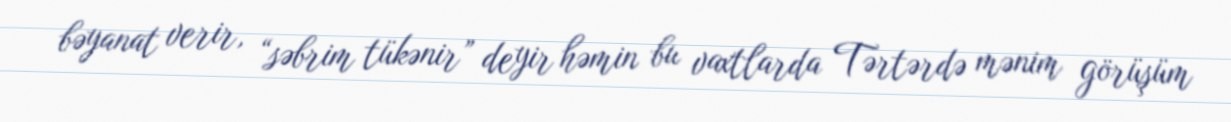
bəyanat verir, “səbrim tükənir” deyir həmin bu vaxtlarda Tərtərdə mənim görüşüm